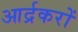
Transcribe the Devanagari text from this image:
आर्द्रकरों